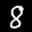
Label: 8